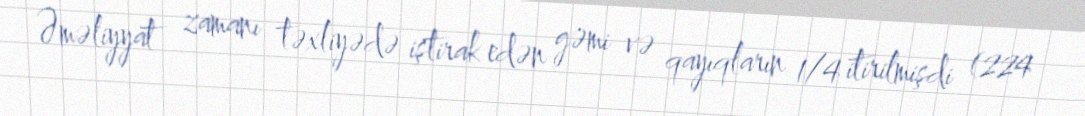
Əməliyyat zamanı təxliyədə iştirak edən gəmi və qayıqların 1/4 itirilmişdi (224